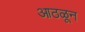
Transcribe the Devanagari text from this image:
आठळून